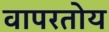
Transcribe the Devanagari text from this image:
वापरतोय